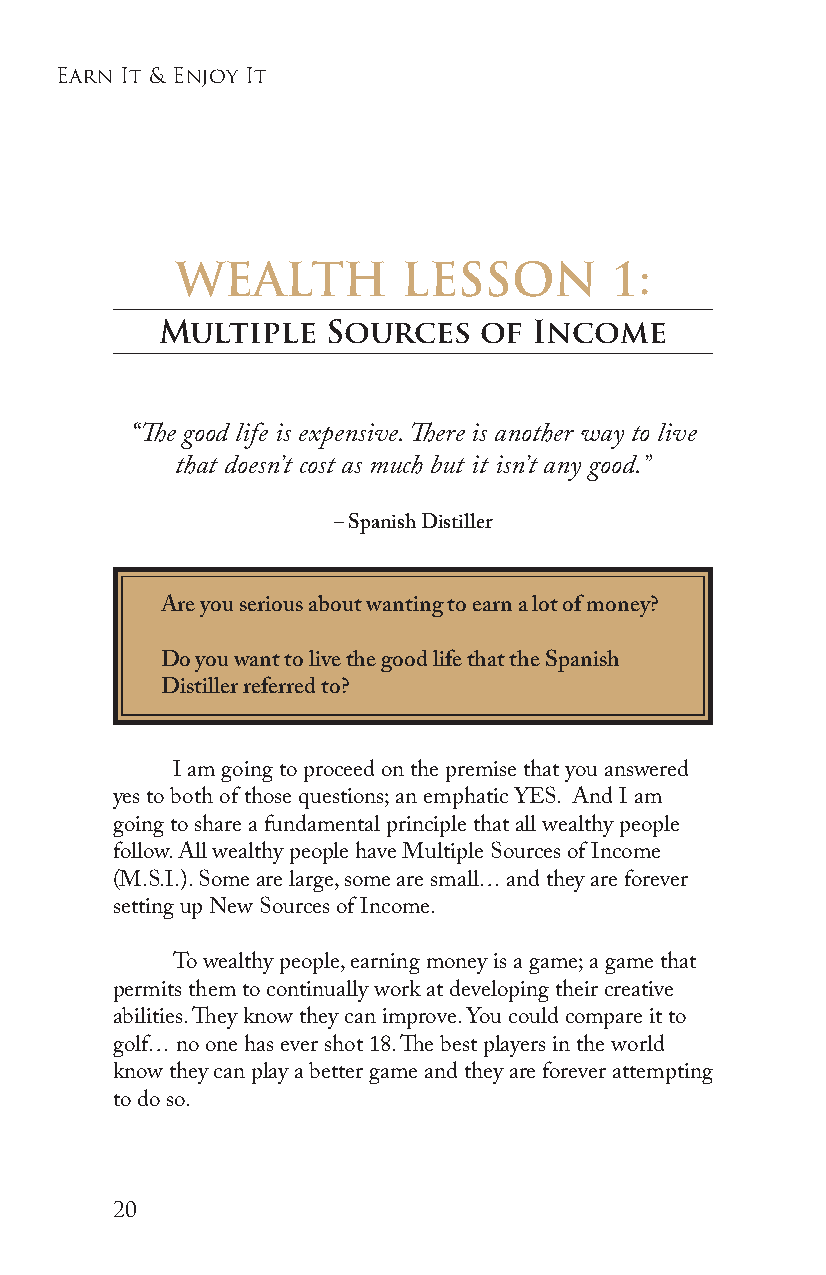
earn it & enjoy it
 WEALTH         LESSON       1:
 Multiple   Sources   of Income
 “The good life is expensive. There is another way to live
 that doesn’t cost as much but it isn’t any good.”
 – Spanish Distiller
 Are you serious about wanting to earn a lot of money?
 Do you want to live the good life that the Spanish
 Distiller referred to?
 I am going to proceed on the premise that you answered
 yes to both of those questions; an emphatic YES. And I am
 going to share a fundamental principle that all wealthy people
 follow. All wealthy people have Multiple Sources of Income
 (M.S.I.). Some are large, some are small… and they are forever
 setting up New Sources of Income.
 To wealthy people, earning money is a game; a game that
 permits them to continually work at developing their creative
 abilities. They know they can improve. You could compare it to
 golf… no one has ever shot 18. The best players in the world
 know they can play a better game and they are forever attempting
 to do so.
 20